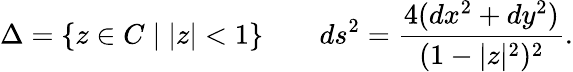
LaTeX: \Delta=\{ z\in C\mid|z|<1\} \qquad ds^{2}=\frac{4(dx^{2}+dy^{2})}{(1-|z|^{2})^{2}}.